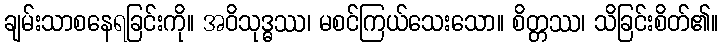
ချမ်းသာစနေရခြင်းကို။ အဝိသုဒ္ဓဿ၊ မစင်ကြယ်သေးသော။ စိတ္တဿ၊ သိခြင်းစိတ်၏။